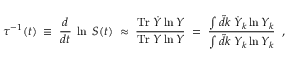
\tau ^ { - 1 } ( t ) \; \equiv \; \frac { d } { d t } \; \ln \; S ( t ) \; \approx \; \frac { \mathrm { T r } \; \dot { Y } \ln Y } { \mathrm { T r } \; Y \ln Y } \; = \; \frac { \int \tilde { d } k \; \dot { Y } _ { k } \ln Y _ { k } } { \int \tilde { d } k \; Y _ { k } \ln Y _ { k } } \; \; ,